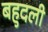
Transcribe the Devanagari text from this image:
बहुदली